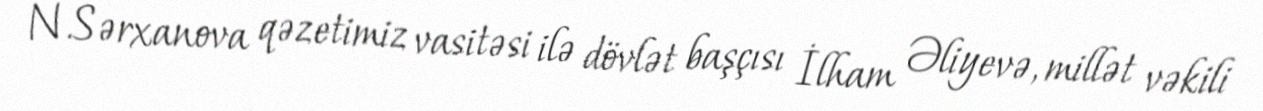
N.Sərxanova qəzetimiz vasitəsi ilə dövlət başçısı İlham Əliyevə, millət vəkili